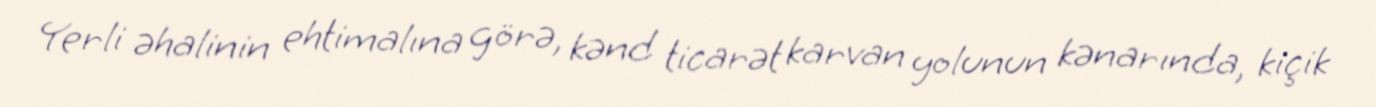
Yerli əhalinin ehtimalına görə, kənd ticarət karvan yolunun kənarında, kiçik